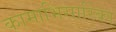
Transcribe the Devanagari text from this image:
कामाभिसारिका